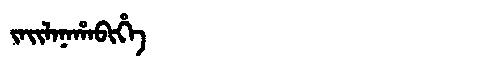
Manchu: ᠵᠠᡳᠯᠠᠨᠠᡥᠠᠪᡳᡥᡝ
Romanization: JAILANAHABIHE